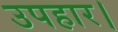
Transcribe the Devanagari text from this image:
उपहार।